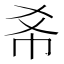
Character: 𢁫